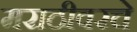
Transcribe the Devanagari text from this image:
मराठीवरचे